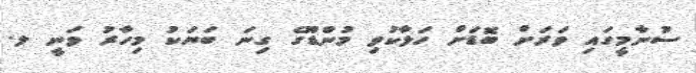
ސުނާމީގައި ވަރަށް ބޮޑަށް ހަލާކުވި މުންޑޫގެ ގިނަ ބަޔަކު މިހާރު ވަނީ ލ.